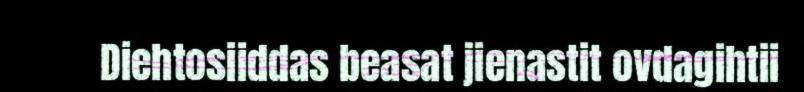
Diehtosiiddas beasat jienastit ovdagihtii